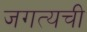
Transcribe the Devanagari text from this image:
जगत्यची